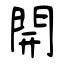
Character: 開